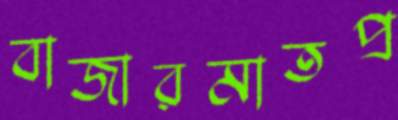
বাজারমাতপ্র